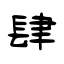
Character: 肆